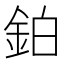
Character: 鉑